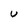
Character: U